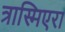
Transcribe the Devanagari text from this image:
त्रास्मिएरा